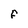
Character: f